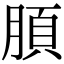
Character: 䐓